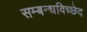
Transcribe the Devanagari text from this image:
सम्बन्धविच्छेद